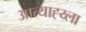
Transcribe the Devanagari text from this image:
आत्याह्य्ला